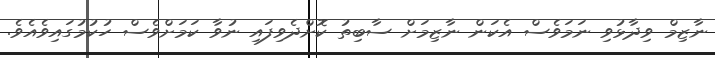
ނާޒިމް ވިދާޅުވި ނަމަވެސް އެކަން ނާޒިމަށް ސާބިތު ކޮށްދެވިފައި ނުވާ ކަމަށްވެސް ހުކުމުގައިވެއެވެ.